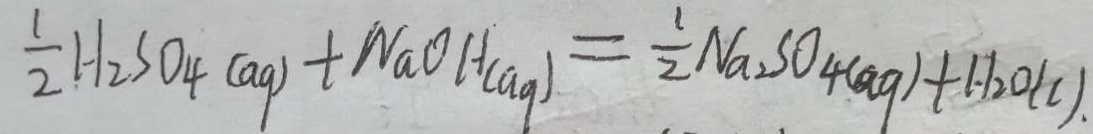
\frac { 1 } { 2 } H _ { 2 } S O _ { 4 } ( a _ { g } ) + N a O H ( a _ { g } ) = \frac { 1 } { 2 } N a _ { a } S O _ { 4 } ( a g ) + H _ { 2 } O ( c ) .